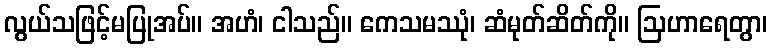
လွယ်သဖြင့်မပြုအပ်။ အဟံ၊ ငါသည်။ ကေသမဿုံ၊ ဆံမုတ်ဆိတ်ကို။ ဩဟာရေတွာ၊